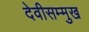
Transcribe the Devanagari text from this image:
देवीसम्मुख